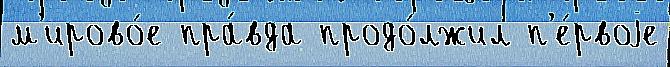
м'ирово́е пра́вда продо́лжил п'е́рвоjе